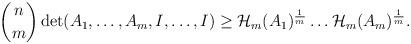
LaTeX: \begin{align*}\begin{aligned}\binom{n}{m}\det(A_1,\dots,A_m,I,\dots,I)\geq \mathcal{H}_m(A_1)^{\frac{1}{m}}\dots \mathcal{H}_m(A_m)^{\frac{1}{m}}.\end{aligned}\end{align*}